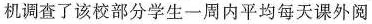
机调查了该校部分学生一周内平均每天课外阅